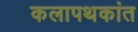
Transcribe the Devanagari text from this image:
कलापथकांत